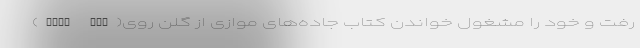
رفت و خود را مشغول خواندن کتاب جاده‌های موازی از گلن روی(Glen Roy)